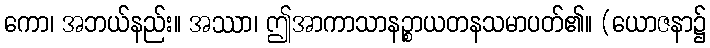
ကော၊ အဘယ်နည်း။ အဿာ၊ ဤအာကာသာနဉ္စာယတနသမာပတ်၏။ (ယောဇနာ၌